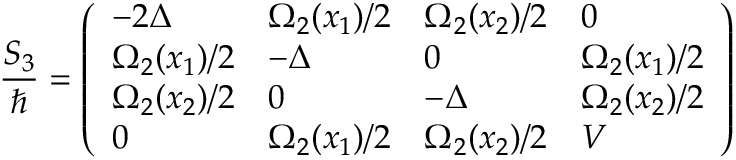
\frac { S _ { 3 } } { \hbar } = \left( \begin{array} { l l l l } { - 2 \Delta } & { \Omega _ { 2 } ( x _ { 1 } ) / 2 } & { \Omega _ { 2 } ( x _ { 2 } ) / 2 } & { 0 } \\ { \Omega _ { 2 } ( x _ { 1 } ) / 2 } & { - \Delta } & { 0 } & { \Omega _ { 2 } ( x _ { 1 } ) / 2 } \\ { \Omega _ { 2 } ( x _ { 2 } ) / 2 } & { 0 } & { - \Delta } & { \Omega _ { 2 } ( x _ { 2 } ) / 2 } \\ { 0 } & { \Omega _ { 2 } ( x _ { 1 } ) / 2 } & { \Omega _ { 2 } ( x _ { 2 } ) / 2 } & { V } \end{array} \right)